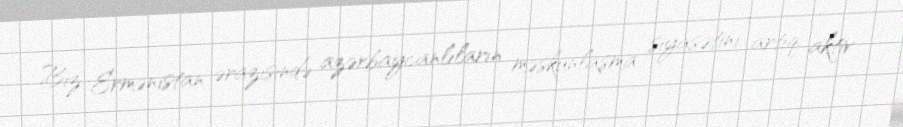
Biz Ermənistan ərazisində azərbaycanlıların məskunlaşma siyasətini artıq aktiv